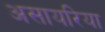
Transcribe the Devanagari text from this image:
असायरिया